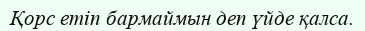
Қорс етіп бармаймын деп үйде қалса.